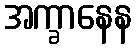
အက္ခာနေန